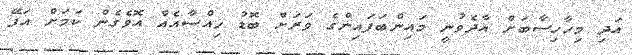
އަދި މިހާހިސާބަށް އާދެވުނީ މައިންބަފައިންގެ ވަރަށް ބޮޑު ހިއްސާއެއް އޮވެގެން ކަމަށް އަފޭ